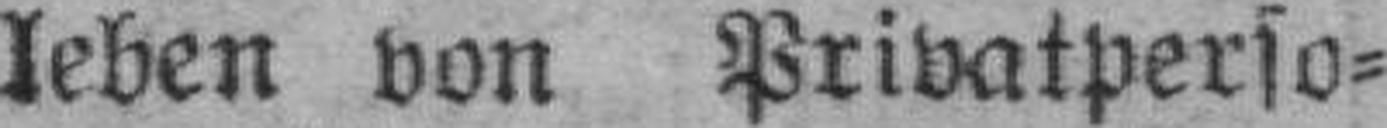
leben von Privatperso¬